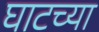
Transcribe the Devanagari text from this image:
घाटच्या